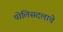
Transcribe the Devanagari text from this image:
पोलिसदलाचे